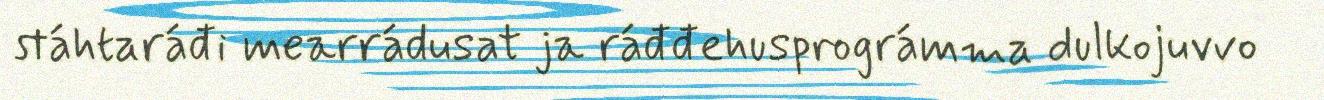
stáhtaráđi mearrádusat ja ráđđehusprográmma dulkojuvvo